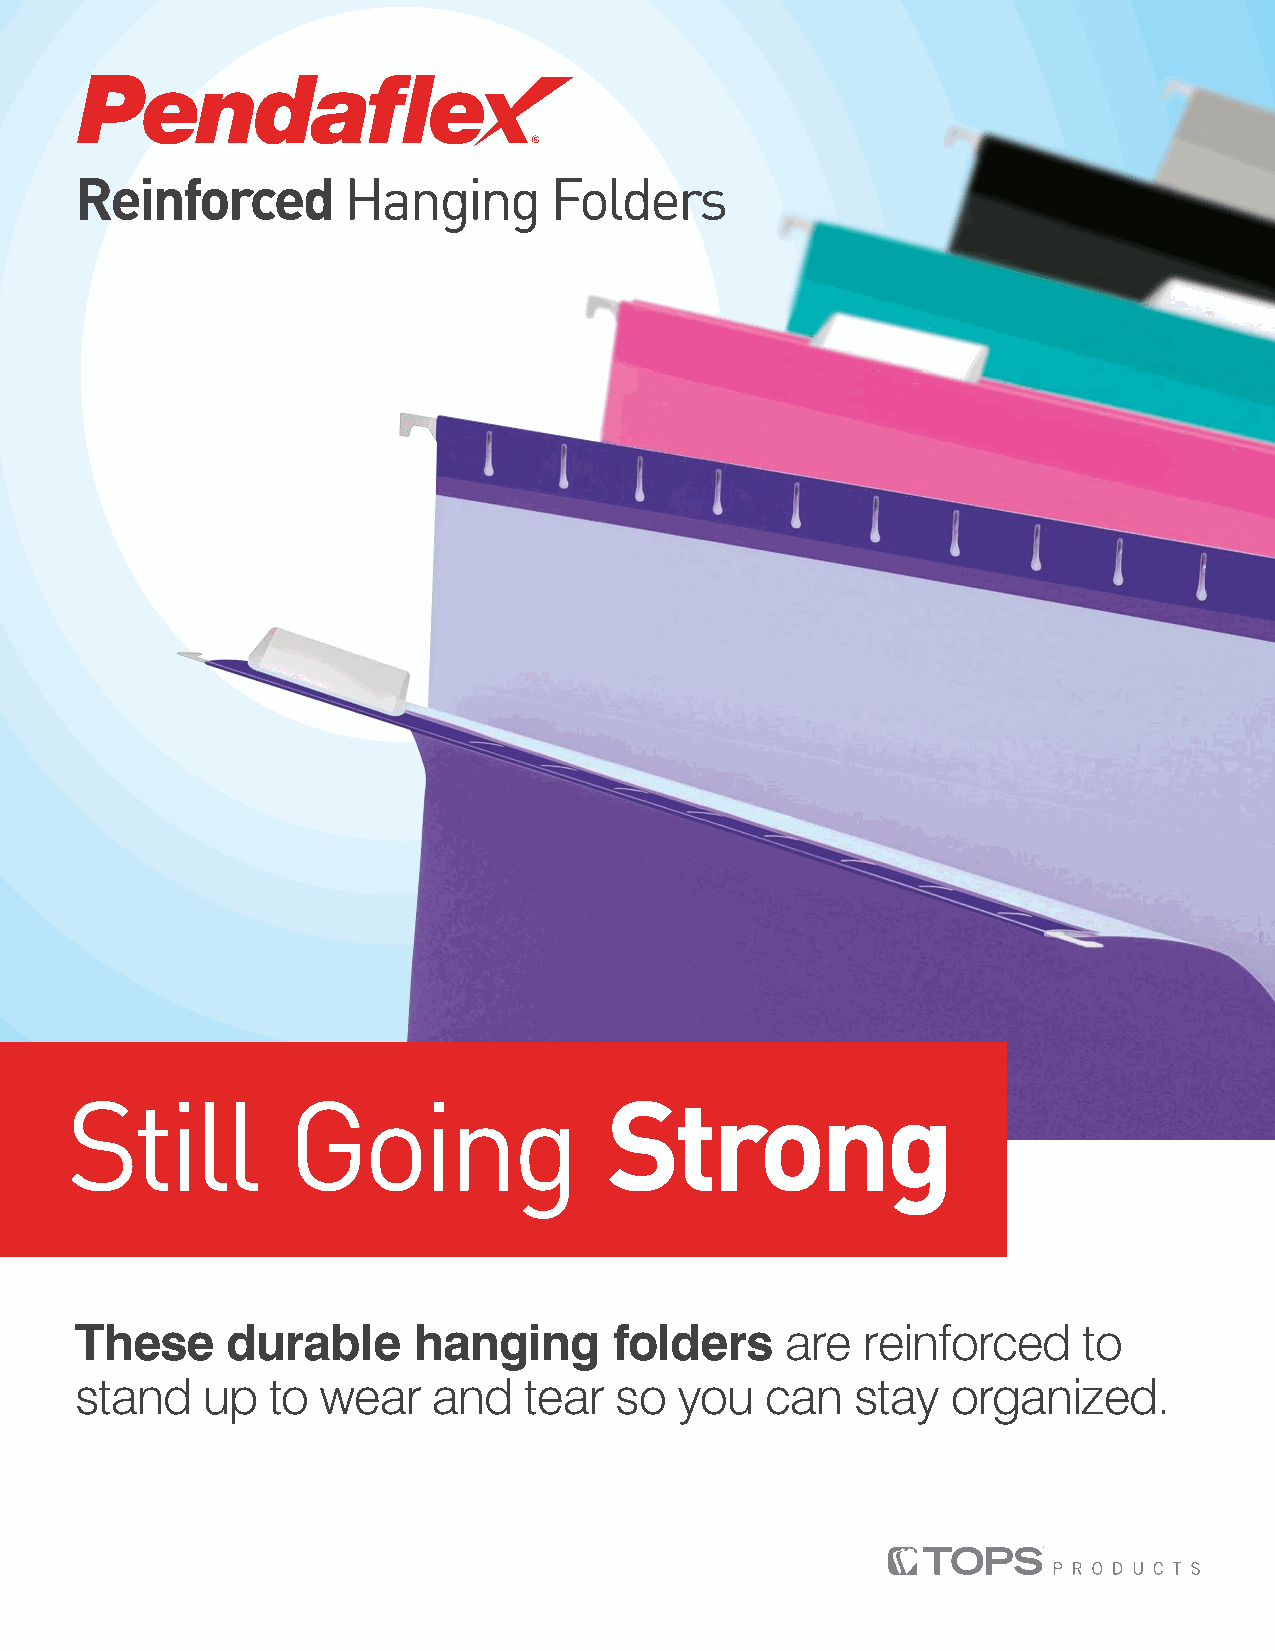
Reinforced        Hanging       Folders
 Still          Going                 Strong
 These     durable     hanging       folders    are  reinforced     to
 stand   up   to wear    and   tear  so  you   can   stay  organized.